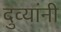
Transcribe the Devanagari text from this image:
दुव्यांनी